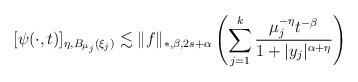
LaTeX: \begin{align*}[\psi(\cdot, t)]_{\eta, B_{\mu_j}(\xi_j)}\lesssim \|f\|_{*, \beta, 2s+\alpha}\left(\sum_{j=1}^k\frac{\mu_j^{-\eta}t^{-\beta}}{1+|y_j|^{\alpha+\eta}}\right)\end{align*}